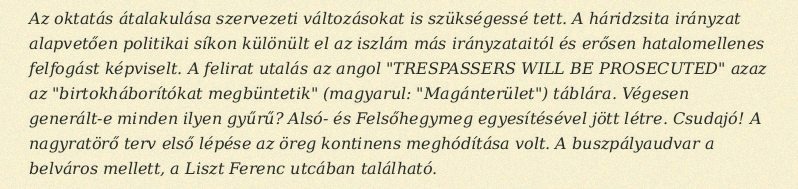
Az oktatás átalakulása szervezeti változásokat is szükségessé tett. A háridzsita irányzat alapvetően politikai síkon különült el az iszlám más irányzataitól és erősen hatalomellenes felfogást képviselt. A felirat utalás az angol "TRESPASSERS WILL BE PROSECUTED" azaz az "birtokháborítókat megbüntetik" (magyarul: "Magánterület") táblára. Végesen generált-e minden ilyen gyűrű? Alsó- és Felsőhegymeg egyesítésével jött létre. Csudajó! A nagyratörő terv első lépése az öreg kontinens meghódítása volt. A buszpályaudvar a belváros mellett, a Liszt Ferenc utcában található.